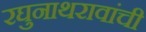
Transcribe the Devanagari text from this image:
रघुनाथरावांची